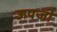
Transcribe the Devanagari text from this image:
ऊपजी